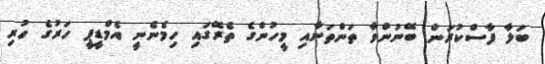
ބަލާ ފާސްކުރަން ބޭނުންވާ ތަންތަނާއި މީހުންގެ ތެރޭގައި ހިމެނެނީ އެމްޑީޕީ ހަރުގެ ހުރި